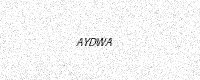
Text: AYDWA